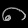
Digit: ၈